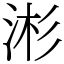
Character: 涁